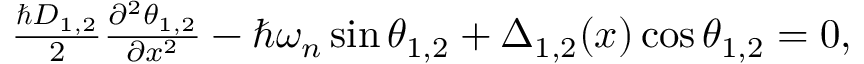
\begin{array} { r } { \frac { \hbar D _ { 1 , 2 } } { 2 } \frac { \partial ^ { 2 } \theta _ { 1 , 2 } } { \partial x ^ { 2 } } - \hbar \omega _ { n } \sin \theta _ { 1 , 2 } + \Delta _ { 1 , 2 } ( x ) \cos \theta _ { 1 , 2 } = 0 , } \end{array}